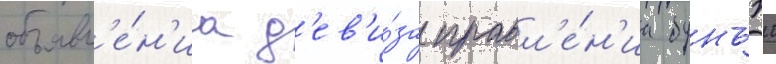
объявл'е́н'иа д'ев'и́за правл'е́н'иа бунъэи